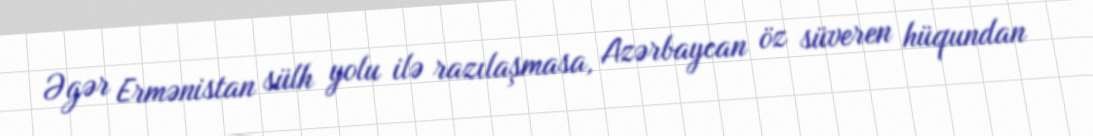
Əgər Ermənistan sülh yolu ilə razılaşmasa, Azərbaycan öz süveren hüqundan